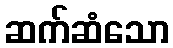
ဆက်ဆံသော